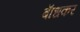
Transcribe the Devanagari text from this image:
बाॅधकर